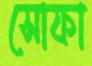
সোফা